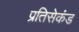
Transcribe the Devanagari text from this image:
प्रतिसेकंड